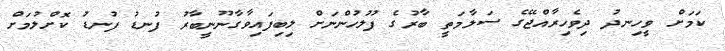
ކަމަށް ވީހިނދު ދިވެހިރާއްޖޭގެ ސަލާމަތީ ބާރުގެ ފުލުހުންނަށް ލިބިފައިވާގާނޫނީބާރު ފުނޑު ފުނޑު ކޮށްލުމަށް